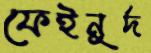
ফেইনুর্দ